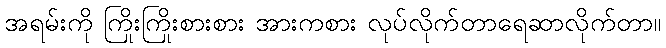
အရမ်းကို ကြိုးကြိုးစားစား အားကစား လုပ်လိုက်တာရေဆာလိုက်တာ။